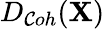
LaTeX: D_{\mathcal{C}oh}(\mathbf{X})